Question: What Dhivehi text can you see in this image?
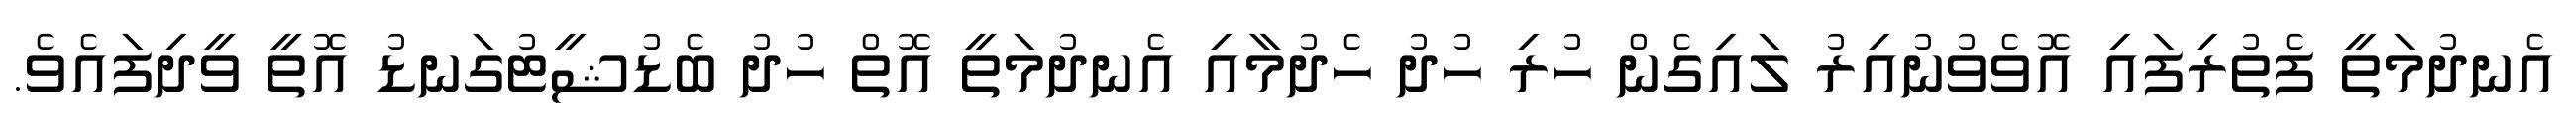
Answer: އެނދުމަތީ ފެތުރިފައި އޮވެވުނުއިރު ލައިގެން ހުރި ހުދު ހެދުމާއި އެނދުމަތީ އޮތް ހުދު ބެޑުޝީޓުގަނޑު އޮތީ ވީދިފައެވެ.